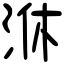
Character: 㳜